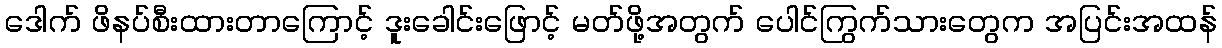
ဒေါက် ဖိနပ်စီးထားတာကြောင့် ဒူးခေါင်းဖြောင့် မတ်ဖို့အတွက် ပေါင်ကြွက်သားတွေက အပြင်းအထန်